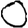
Digit: 0